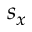
s _ { x }